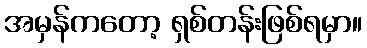
အမှန်ကတော့ ရှစ်တန်းဖြစ်ရမှာ။